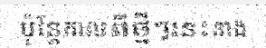
ប៉ុន្តែកាលពីថ្មីៗនេះនាង